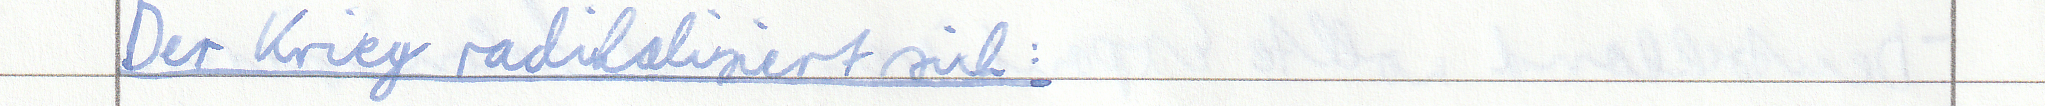
Der Krieg radikalisiert sich: